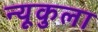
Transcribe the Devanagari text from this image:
न्यूकुला